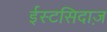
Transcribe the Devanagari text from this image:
ईस्टसिदाज़